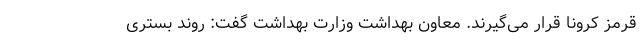
قرمز کرونا قرار می‌گیرند. معاون بهداشت وزارت بهداشت گفت: روند بستری